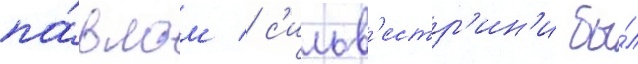
па́влом / с'ильв'естр'ин'и бы́л